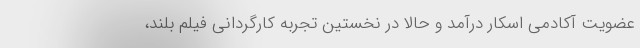
عضویت آکادمی اسکار درآمد و حالا در نخستین تجربه کارگردانی فیلم بلند،